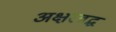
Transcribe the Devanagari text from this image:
अक्षरबद्ध